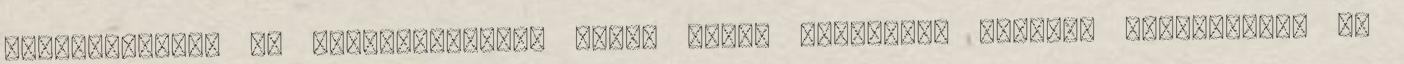
díjugratásban és fogathajtásban mérik össze tudásukat megyei, regionális, de